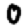
Digit: 0